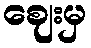
ဈေးမှ